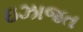
ઇઝાજત